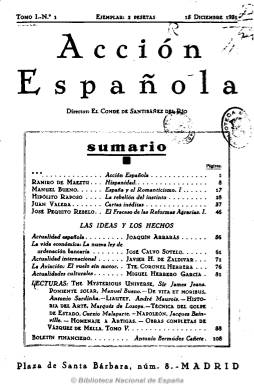
Título: Acción española (Madrid)
Colección: Conservadurismo || Política
Ámbito geográfico: Madrid
Lugar de publicación: Madrid
Fechas: 15/12/1931-31/03/1937

Aunque pudo haberse previsto su aparición antes de la proclamación de la II República empezó a publicarse cuando las instituciones de esta habían empezado ya a fraguarse, a partir del 15 de diciembre de 1931, con periodicidad quincenal y, después, mensual, y financiada en una operación en la que interviene, entre otros, el empresario Juan March (1884-1962). Servirá para agrupar e intelectualizar a las diferentes corrientes reaccionarias del pensamiento tradicionalista católico-monárquico español, que fundamentará el estrato ideológico-político de las derechas y la ultraderecha que contribuyen al levantamiento militar del 18 de julio de 1936 y la posterior institucionalización del Movimiento Nacional, sustentador de la larga Dictadura Franquista.

En su artículo de presentación ya utiliza el epíteto de “antipatria” para la España que representa el pensamiento de un Nicolás Salmerón (1838-1908), Francisco Pi y Margall (1824-1901), Francisco Giner de los Ríos (1839-1915) o un Pablo Iglesias (1850-1925), a la que tilda de no haber “aportado nada válido”, y contra esta invoca la tradición integrista de un Jaime Balmes (1810-1848), Juan Donoso Cortés (1809-1853), Marcelino Menéndez Pelayo (1856-1912) o la del padre Juan González Arintero (1860-1928), concluyendo que “es el camino que Dios señala y fuera de la [sic] vía, no hay sino extravío”. Aboga por la “instauración” de una monarquía autoritaria, antiliberal y antiparlamentaria, contra la ilustrada del XVIII o la liberal del XIX y, en definitiva, por la construcción de un “Nuevo Estado”.

A imitación de L’Actión Française, del nacionalista católico-monárquico Charles Maurras (1868-1952), su homónima española estará influenciada también por el fascismo italiano y portugués y el nazismo alemán, y justificadora de la licitud de la acción armada y el golpe de estado. Será suspendida tres meses durante la sanjurjada (de agosto a noviembre de 1932) e inspirará la creación del partido Renovación Española (1933), que se coaligará con el Bloque Nacional (1934).

Aparece como su fundador y primer director el conde de Santibáñez del Río y marqués de Quintanar, Fernando Gallego de Chaves Calleja (1889-1974). Su segundo director fue Eugenio Vegas Latapié (1907-1985), que también aparecerá como secretario y que será reemplazado por Ramiro de Maeztu (1874-1936) desde marzo de 1934. Además de estos, serán promotores y redactores de la revista el tradicionalista Víctor Pradera (1873-1936) y el monárquico Pedro Sáinz Rodríguez (1897-1986). Redactor jefe será Miguel Herrero García (1895-1961), que también será el redactor de la sección “Actualidades culturales”

Publicarán en la revista, además de Maeztu, que escribe editoriales y otros artículos, José Calvo Sotelo (1893-1936), que lo hará sobre política económica; Joaquín Arrarás (1898-1975), encargado de la sección “Las ideas y los hechos: actualidad española”;  Antonio Bermúdez Cañete(189.-1936), que redactará la sección “Boletín financiero”; Javier Hurtado de Zaldívar, la de “Actualidad internacional”; José Pemartín (1888-1956), que escribirá sobre literatura; José María Pemán (1897-1981), Manuel Bueno (1873-1936), Luis Araújo-Costa (1885-1956), Álvaro Alcalá-Galiano (1873-1936), Jesús Marañón, Blanca de los Ríos (1862-1956), Jorge Vigón (1893-1978), Carlos Buigas Sanz (1898-1979), Antonio de Gregorio Rocasolano (1873-1941), Luis de Galinsoga (1891-1967), Eduardo Aunós (1894-1967), el psiquiatra Antonio Vallejo-Nájera (1889-1960) y el portugués José Hipólito Raposo (1885-1953).

Se darán cita también otros monárquicos, como Juan de la Cierva (1864-1938) y José María de Areilza (1909-1998); los cedistas José Ibáñez Martín (1896-1969), José María Fernández Ladreda (1885-1954) y el marqués de Lozoya (1893-1978); y falangistas y jonsistas, como Ernesto Giménez-Caballero (1899-1988), Eugenio Montes (1900-1982), Emiliano Aguado (1907-1979), Rafael Sánchez Mazas (1894-1966) y José Antonio Primo de Rivera (1903-1936).

Publicará  88 números hasta junio de 1936 y en marzo de 1937, en Burgos, será editado el número 89, con el subtitulo de “antología”, en el se recopilará en unas 400 páginas los artículos publicados en las más de 10.000 que había sacado a la luz, y dará cuenta de los aproximadamente 2.000 suscriptores de la revista, la mayor parte aristócratas terratenientes e industriales, entre los que aparece el propio don Juan de Borbón (1913-1993) y el general Francisco Franco (1892-1975). En el editorial de este número dirá que “la democracia y el sufragio universal eran formas embrionarias de comunismo y de anarquía” y que la revista se había “consagrado a desenterrar las viejas verdades en las que se cimentaron la Cultura y la Civilización cristianas”, simbiosis de fascismo y fundamentalismo católico.